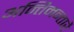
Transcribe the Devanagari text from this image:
अन्तिमन्तारै